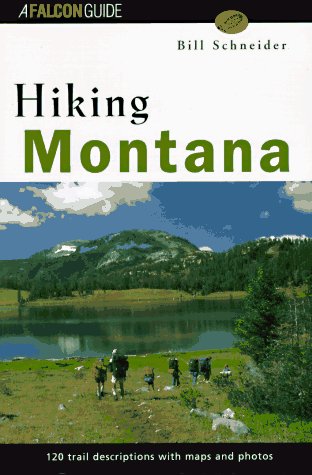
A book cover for Hiking Montana (Falcon Guide); Bill Schneider; Travel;